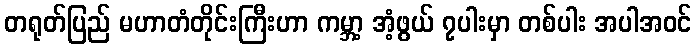
တရုတ်ပြည် မဟာတံတိုင်းကြီးဟာ ကမ္ဘာ့ အံ့ဖွယ် ၇ပါးမှာ တစ်ပါး အပါအဝင်